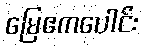
မြေဧကပေါင်း